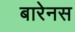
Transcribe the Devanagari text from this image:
बारेनस